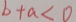
b + a < 0